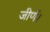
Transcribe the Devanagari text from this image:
जीर्ण।